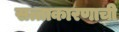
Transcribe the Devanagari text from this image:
सत्ताकारणाची